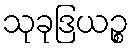
သုခုဒြယဉ္စ